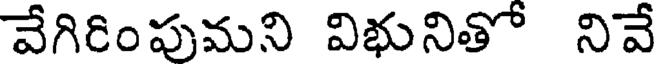
వేగిరింపుమని విభునితో నివే